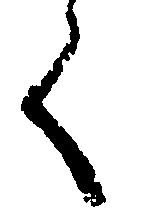
く